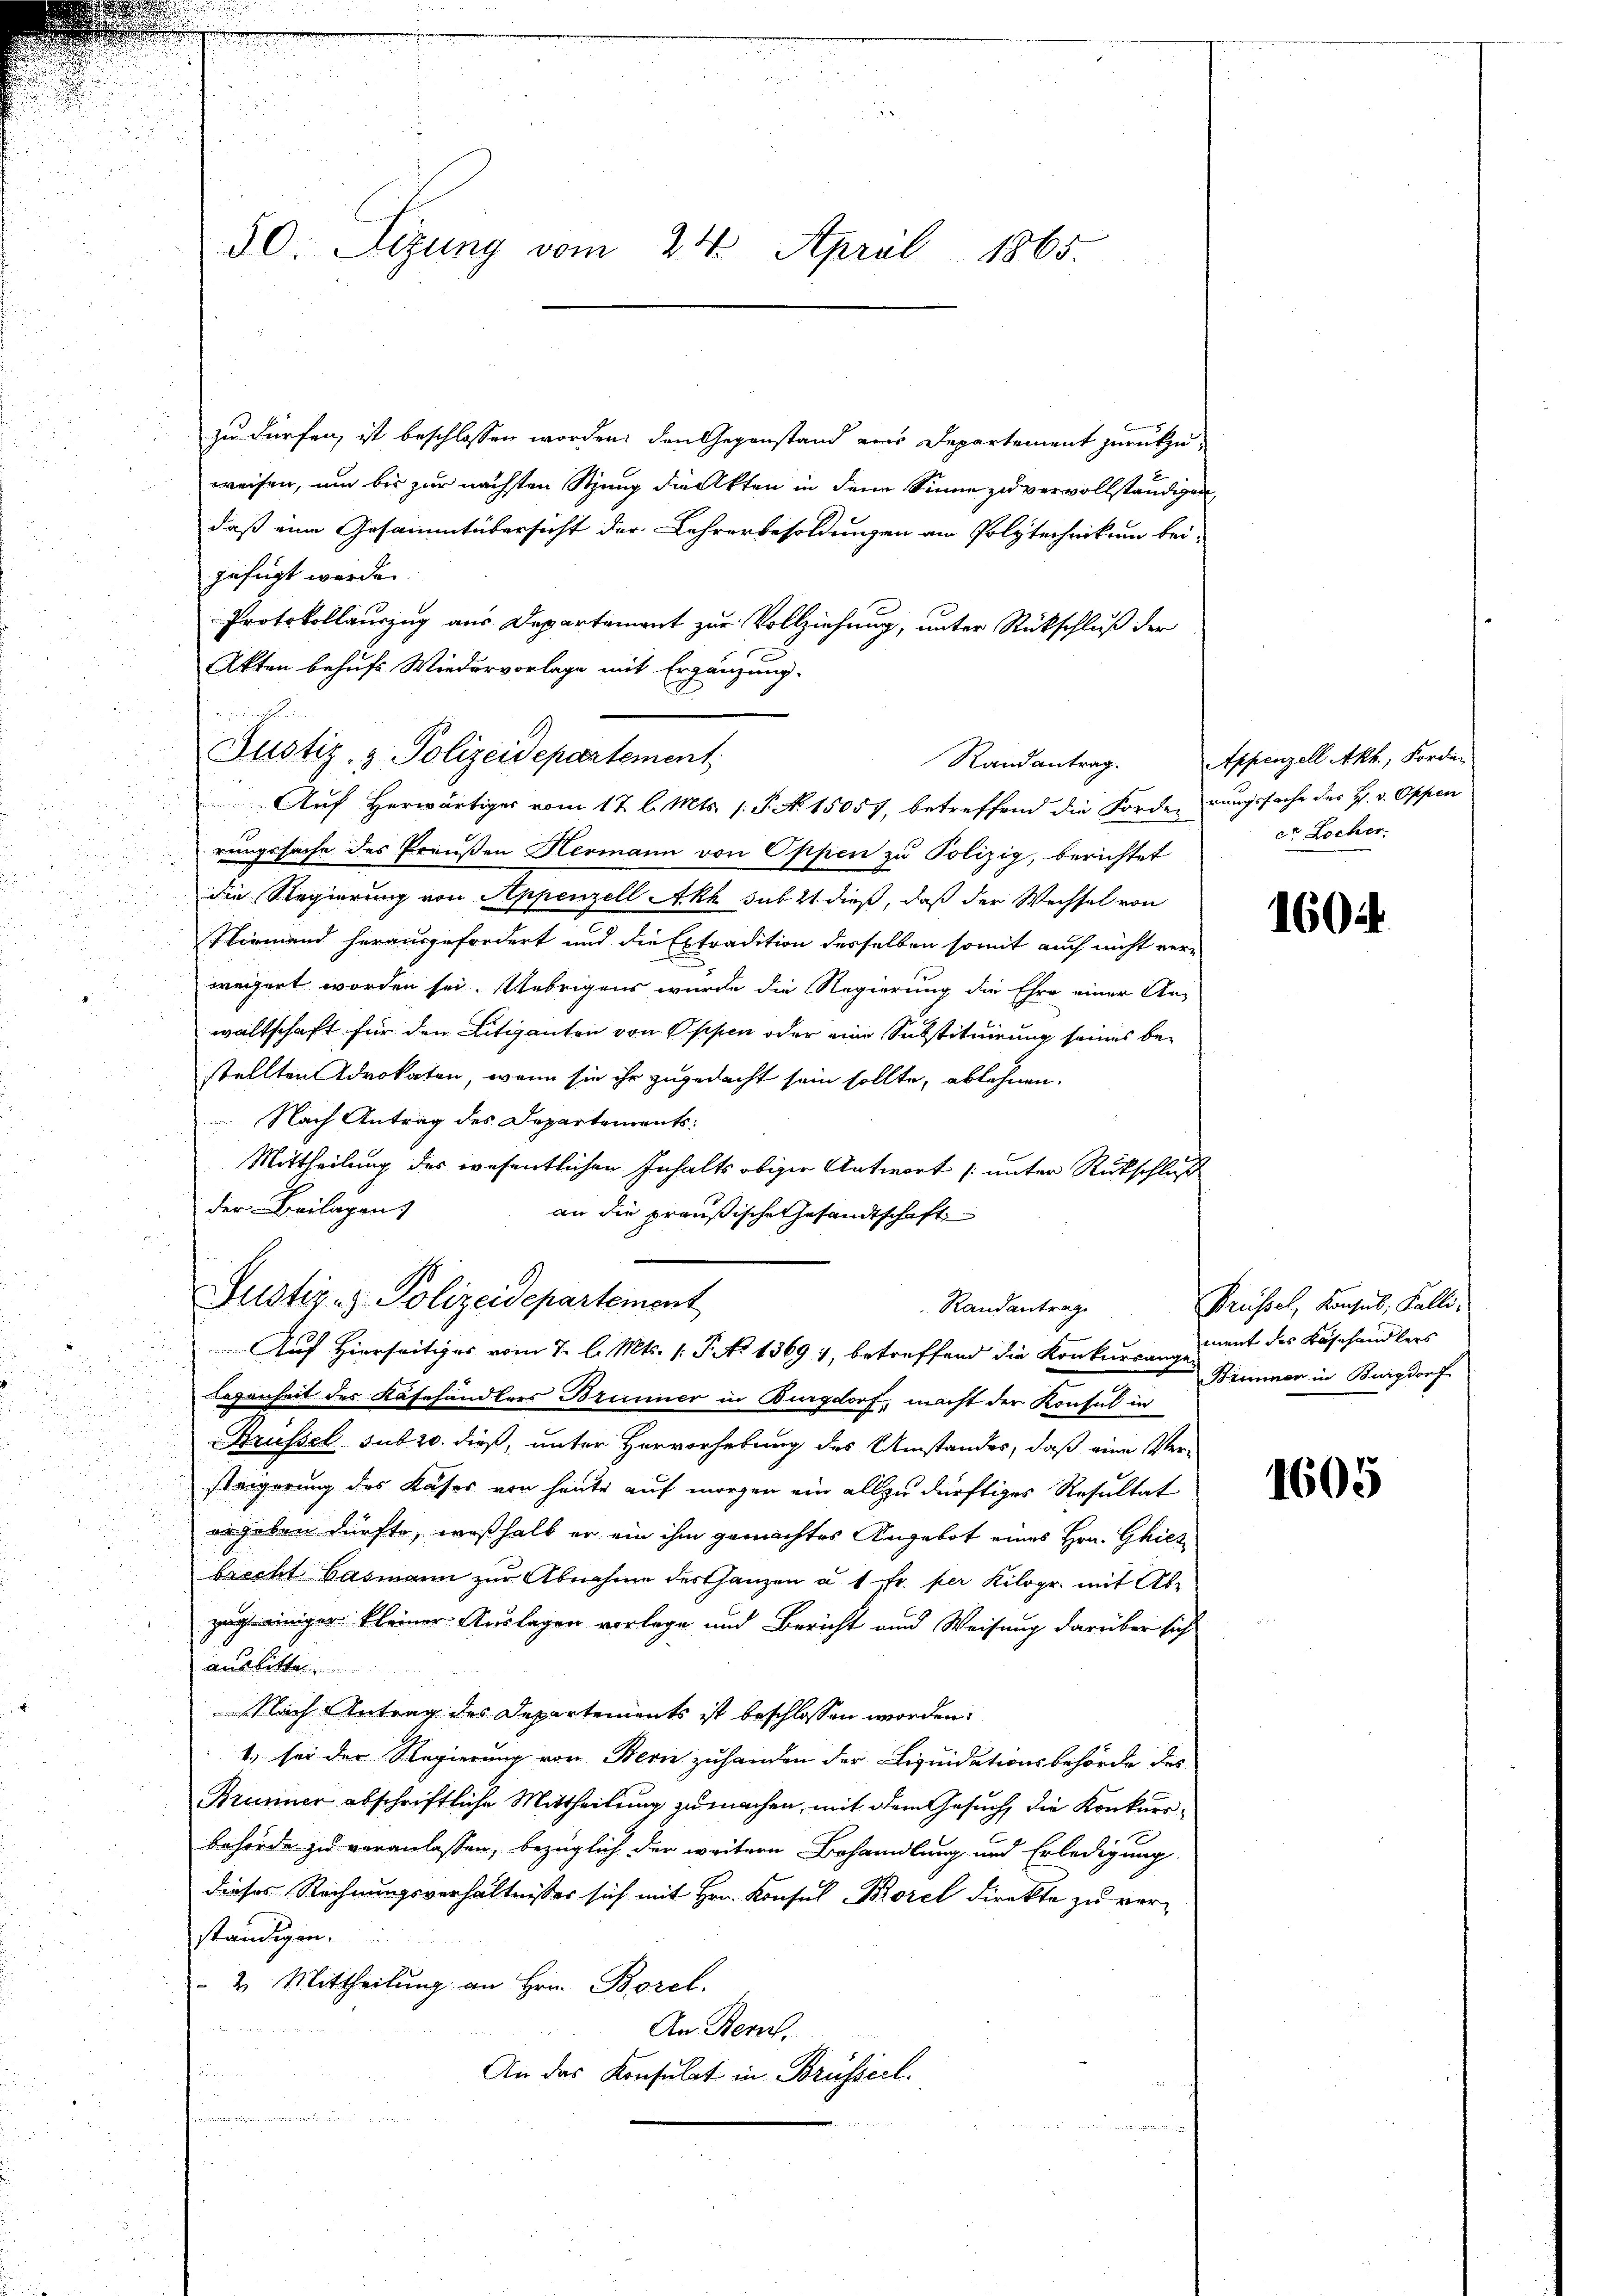
50. Sizung vom 24. April 1865.

zu dürfen, ist beschlossen worden, den Gegenstand von Departement zurückzuweisen, um bis zur nächsten Sitzung die Akten in dem Sinne zu vervollständigen,
daß eine Gesammtübersicht der Lehrerbesoldungen am Polytechnikum bei-
gefügt werde.
Protokollauszug aus Departament zur Vollziehung, unter Rückschluß der
Akten behufs Wiedervorlage mit Ergänzung.
Justiz- & Polizeidepartement,
Auf Herwärtiges vom 12 l. Mts. (: P. N. 15057, betreffend die Forderungssache des H. v. Oppen
rungssache des Preußen Hermann von Oppen zu Polizig, berichtet
die Regierung von Appenzell Akh sub 21 dieß, daß der Wechsel von
Niemand herausgefordert und die Extradition desselben somit auch nicht ver-
weigert worden sei. Uebrigens wurde die Regierung die Ehre einer An-
waltschaft für den Litiganton von Oppen oder eine Substituirung seines bestellten Advokaten, wenn sie ihr zugedacht sein sollte, ablehnen.
 Nach Antrag des Departements:
Mittheilung des wesentlichen Inhalts obiger Antwort /: unter Rückschluß
der Beilagen)
an die preußische Gesandtschaft
Justiz- & Polizeidepartement
Randantrag
Auf Hierseitiges vom 7. l. Mts. 1. P. No 1369, betreffend die Konkurranz unent des Käsehandlers
Legenheit des Käsehändlers Brunner in Burgdorf, macht der Konsul in
Strassel sub 20. dieß, unter Hervorhebung des Umstandes, daß eine Versteigerung des Kaser von heute auf morgen ein allzu dürftiges Resultat
ergeben dürfte, weßhalb er ein ihm gemachtes Angebot eines Hrn. Ghies
brecht Gasmann zur Abnahme des Ganzen u. 1 Fr. per Kilogr. mit Abzug einiger kleiner Auslagen vorlage und Bericht und Weisung darüber sich
ausbitten
Nach Antrag des Departements ist beschlossen worden.
1. sei der Regierung von Bern zuhanden der Liquidationsbehörde des
Brunner abschriftliche Mittheilung zu machen, mit dem Gesuch, die Konkursbehörde zu veranlassen, bezüglich der weitern Behandlung und Erledigung
dieses Rechnungsverhältnisses sich mit Hrn. Konsul Korel direkte zu ver-
ständigen.
 2. Mittheilung an Hrn. Borel.
An Bern.
An das Konsulat in Brüsserl.
u

e

Randantrag. Appenzell Akh., Forden
ct Locher

1604

Prüssel, Konsul, Falle.
Brunnen in Burgdorf

1605